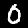
Label: 0